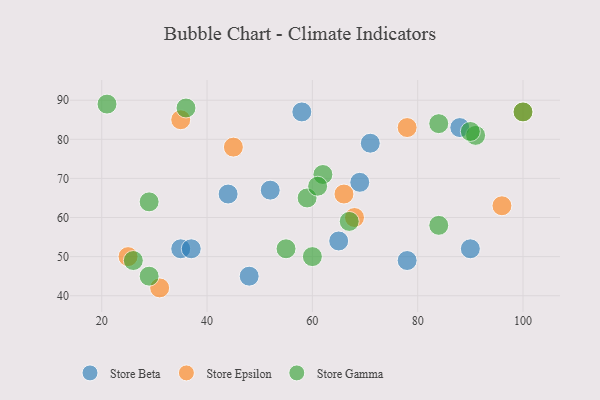
{"axis": {"x": "GDP", "y": "Life Expectancy"}, "legend": ["Store Beta", "Store Epsilon", "Store Gamma"], "data": [{"x": "48", "y": 45, "type": "Store Beta"}, {"x": "69", "y": 69, "type": "Store Beta"}, {"x": "52", "y": 67, "type": "Store Beta"}, {"x": "44", "y": 66, "type": "Store Beta"}, {"x": "35", "y": 52, "type": "Store Beta"}, {"x": "65", "y": 54, "type": "Store Beta"}, {"x": "37", "y": 52, "type": "Store Beta"}, {"x": "78", "y": 49, "type": "Store Beta"}, {"x": "90", "y": 52, "type": "Store Beta"}, {"x": "58", "y": 87, "type": "Store Beta"}, {"x": "71", "y": 79, "type": "Store Beta"}, {"x": "88", "y": 83, "type": "Store Beta"}, {"x": "100", "y": 87, "type": "Store Epsilon"}, {"x": "45", "y": 78, "type": "Store Epsilon"}, {"x": "31", "y": 42, "type": "Store Epsilon"}, {"x": "68", "y": 60, "type": "Store Epsilon"}, {"x": "96", "y": 63, "type": "Store Epsilon"}, {"x": "35", "y": 85, "type": "Store Epsilon"}, {"x": "66", "y": 66, "type": "Store Epsilon"}, {"x": "78", "y": 83, "type": "Store Epsilon"}, {"x": "25", "y": 50, "type": "Store Epsilon"}, {"x": "100", "y": 87, "type": "Store Gamma"}, {"x": "36", "y": 88, "type": "Store Gamma"}, {"x": "55", "y": 52, "type": "Store Gamma"}, {"x": "67", "y": 59, "type": "Store Gamma"}, {"x": "59", "y": 65, "type": "Store Gamma"}, {"x": "62", "y": 71, "type": "Store Gamma"}, {"x": "29", "y": 45, "type": "Store Gamma"}, {"x": "26", "y": 49, "type": "Store Gamma"}, {"x": "60", "y": 50, "type": "Store Gamma"}, {"x": "21", "y": 89, "type": "Store Gamma"}, {"x": "84", "y": 58, "type": "Store Gamma"}, {"x": "91", "y": 81, "type": "Store Gamma"}, {"x": "61", "y": 68, "type": "Store Gamma"}, {"x": "84", "y": 84, "type": "Store Gamma"}, {"x": "29", "y": 64, "type": "Store Gamma"}, {"x": "90", "y": 82, "type": "Store Gamma"}]}